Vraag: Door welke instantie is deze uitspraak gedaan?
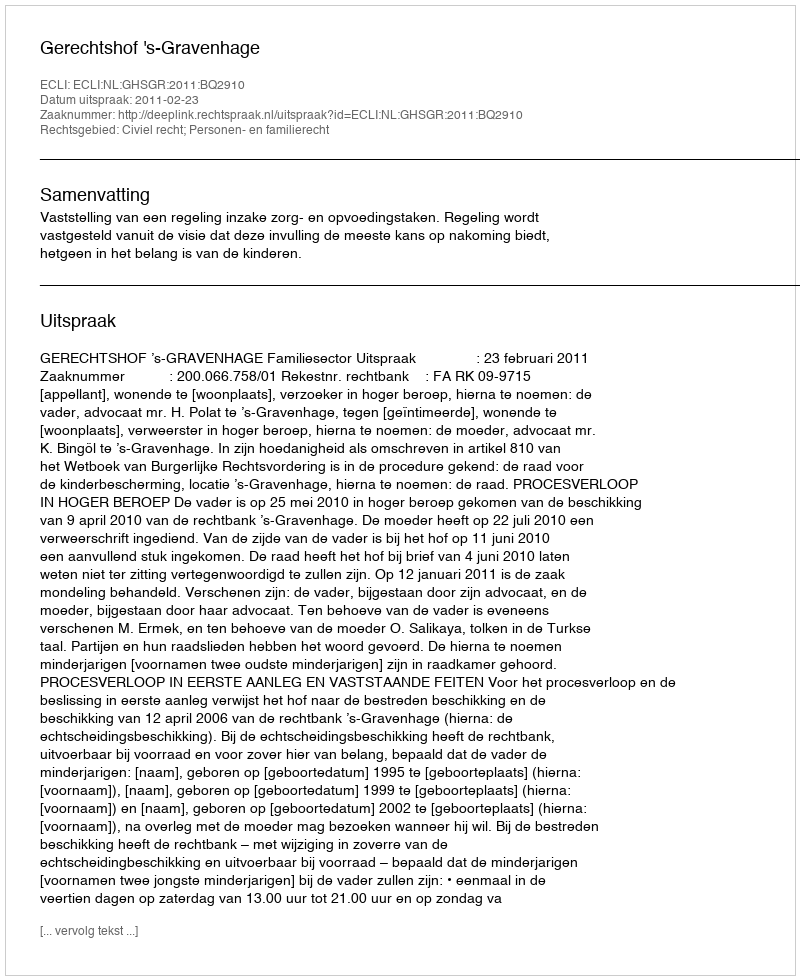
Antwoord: Gerechtshof 's-Gravenhage